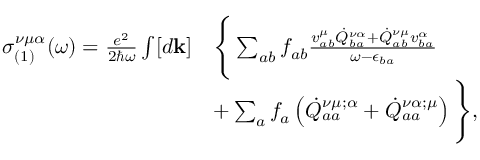
\begin{array} { r l } { \sigma _ { ( 1 ) } ^ { \nu \mu \alpha } ( \omega ) = \frac { e ^ { 2 } } { 2 \hslash \omega } \int [ d \mathbf { k } ] } & { \Bigg \{ \sum _ { a b } f _ { a b } \frac { v _ { a b } ^ { \mu } \dot { Q } _ { b a } ^ { \nu \alpha } + \dot { Q } _ { a b } ^ { \nu \mu } v _ { b a } ^ { \alpha } } { \omega - \epsilon _ { b a } } } \\ & { + \sum _ { a } f _ { a } \left( \dot { Q } _ { a a } ^ { \nu \mu ; \alpha } + \dot { Q } _ { a a } ^ { \nu \alpha ; \mu } \right) \Bigg \} \mathrm { , } } \end{array}